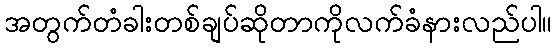
အတွက်တံခါးတစ်ချပ်ဆိုတာကိုလက်ခံနားလည်ပါ။